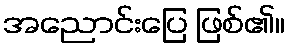
အညောင်းပြေ ဖြစ်၏။